Indian journal of veterinary science and animal husbandry - Volume 14,
Year: 1944
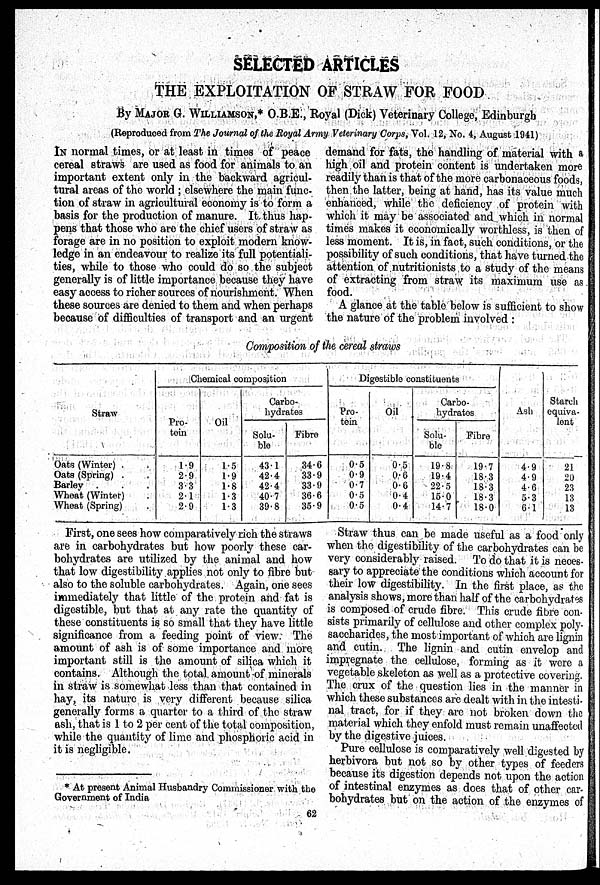
SELECTED ARTICLES
THE EXPLOITATION OF STRAW FOR FOOD
By MAJOR G. WILLIAMSON,* O.B.E., Royal (Dick) Veterinary College, Edinburgh
(Reproduced from The Journal of the Royal Army Veterinary Corps, Vol. 12, No. 4, August 1941)
IN normal times, or at least in times of peace
cereal straws are used as food for animals to an
important extent only in the backward agricul-
tural areas of the world ; elsewhere the main func-
tion of straw in agricultural economy is to form a
basis for the production of manure. It thus hap-
pens that those who are the chief users of straw as
forage are in no position to exploit modern know-
ledge in an endeavour to realize its full potentiali-
ties, while to those who could do so the subject
generally is of little importance because they have
easy access to richer sources of nourishment. When
these sources are denied to them and when perhaps
because of difficulties of transport and an urgent
demand for fats, the handling of material with a
high oil and protein content is undertaken more
readily than is that of the more carbonaceous foods,
then the latter, being at hand, has its value much
enhanced, while the deficiency of protein with
which it may be associated and which in normal
times makes it economically worthless, is then of
less moment. It is, in fact, such conditions, or the
possibility of such conditions, that have turned the
attention of nutritionists to a study of the means
of extracting from straw its maximum use as
food.
A glance at the table below is sufficient to show
the nature of the problem involved :
Composition of the cereal straws
Straw
Oats (Winter) . .
Oats (Spring) . .
Barley . . .
Wheat (Winter) .
Wheat (Spring) .
Chemical composition
Pro-
tein
1.9
2.9
3.3
2.1
2.9
Oil
1.5
1.9
1.8
1.3
1.3
Carbo-
hydrates
Solu-
ble
43.1
42.4
42.4
40.7
39.8
Fibre
34.6
33.9
33.9
36.6
35.9
Digestible constituents
Pro-
tein
0.5
0.9
0.7
0.5
0.5
Oil
0.5
0.6
0.6
0.4
0.4
Carbo-
hydrates
Solu-
ble
19.8
19.4
22.5
15.0
14.7
Fibre
19.7
18.3
18.3
18.3
18.0
Ash
4.9
4.9
4.6
5.3
6.1
Starch
equiva-
lent
21
20
23
13
13
First, one sees how comparatively rich the straws
are in carbohydrates but how poorly these car-
bohydrates are utilized by the animal and how
that low digestibility applies not only to fibre but
also to the soluble carbohydrates. Again, one sees
immediately that little of the protein and fat is
digestible, but that at any rate the quantity of
these constituents is so small that they have little
significance from a feeding point of view. The
amount of ash is of some importance and more,
important still is the amount of silica which it
contains. Although the total amount of minerals
in straw is somewhat less than that contained in
hay, its nature is very different because silica
generally forms a quarter to a third of the straw
ash, that is 1 to 2 per cent of the total composition,
while the quantity of lime and phosphoric acid in
it is negligible.
Straw thus can be made useful as a food only
when the digestibility of the carbohydrates can be
very considerably raised. To do that it is neces-
sary to appreciate the conditions which account for
their low digestibility. In the first place, as the
analysis shows, more than half of the carbohydrates
is composed of crude fibre. This crude fibre con-
sists primarily of cellulose and other complex poly-
saccharides, the most important of which are lignin
and cutin. The lignin and cutin envelop and
impregnate the cellulose, forming as it were a
vegetable skeleton as well as a protective covering.
The crux of the question lies in the manner in
which these substances are dealt with in the intesti-
nal tract, for if they are not broken down the
material which they enfold must remain unaffected
by the digestive juices.
Pure cellulose is comparatively well digested by
herbivora but not so by other types of feeders
because its digestion depends not upon the action
of intestinal enzymes as does that of other car-
bohydrates but on the action of the enzymes of
* At present Animal Husbandry Commissioner with the
Government of India
62